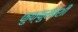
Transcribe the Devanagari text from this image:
फुफ्फुसांशी